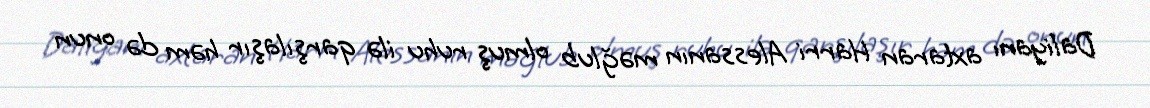
Daliyanı axtaran Harri Alessanın məğlub olmuş ruhu ilə qarşılaşır həm də onun